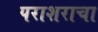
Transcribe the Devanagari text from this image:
पराशराचा